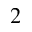
_ 2